Medical and sanitary report of the native army of Bengal for the year
Year: 1878
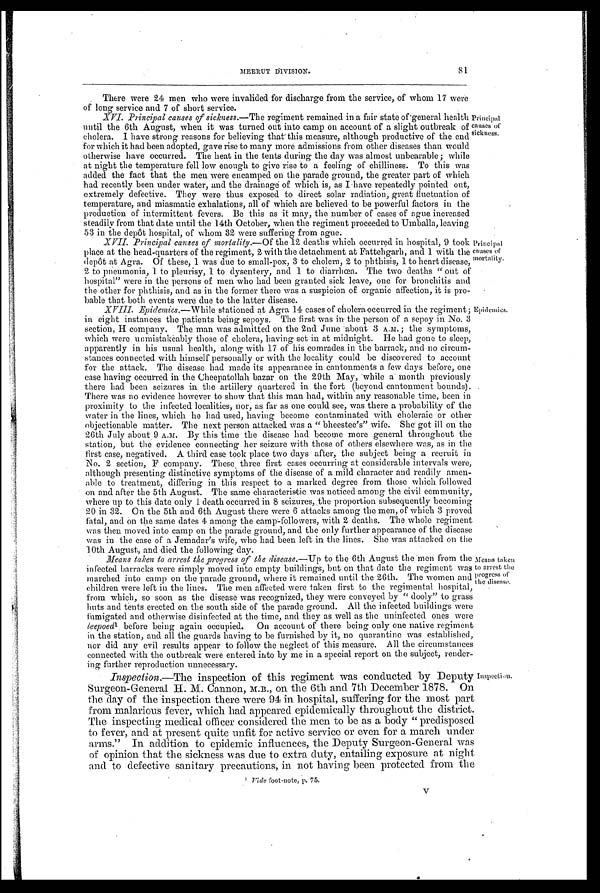
81
MEERUT DIV'ISION.
There were 24 men who were invalided for discharge froth the service, of whom 17 were
of long service and 7 of short service.
XVI. Principal causes of sickness. —The regiment remained in a fair state of general health
until the 6th August, when it was turned out into camp on account of a slight outbreak of
cholera. I have strong reasons for believing that this measure, although productive of the end
for which it had been adopted, gave rise to many more admissions from other diseases than would
otherwise have occurred. The heat in the tents during the day was almost unbearable; while
at night the temperature fell low enough to give rise to a feeling of chilliness. To this was
added the fact that the men were encamped on the parade ground, the greater part of which
had recently been under water, and the drainage of which is, as I have repeatedly pointed out,
extremely defective. They were thus exposed to direct solar radiation, great fluctuation of
temperature, and miasmatic exhalations, all of which are believed to be powerful factors in the
production of intermittent fevers. Be this as it may, the number of cases of ague increased
steadily from that date until the 14th October, when the regiment proceeded to Umballa, leaving
53 in the depôt hospital, of whom 32 were suffering from ague.
XVII. Principal causes of mortality. —Of the 12 deaths which occurred in hospital, 9 took
place at the head-quarters of the regiment, 2 with the detachment at Fattehgarh, and 1 with the
depôt at Agra. Of these, 1 was due to small-pox, 3 to cholera, 2 to phthisis, 1 to heart disease,
2 to pneumonia, 1 to pleurisy, 1 to dysentery, and 1 to diarrhœa. The two deaths "out of
hospital" were in the persons of men who had been granted sick leave, one for bronchitis and
the other for phthisis, and as in the former there was a suspicion of organic affection, it is pro
- b a b l e t h a t b o t h e v e n t s w e r e d u e t o t h e l a t t e r d i s e a s e .
Principal
causes of
sickness.
Principal
causes of
mortality.
XVIII.
Epidemics. —While stationed at Agra 14 cases of cholera occurred in the regiment;
in eight instances the patients being sepoys. The first was in the person of a sepoy in No. 3
section, H company. The man was admitted on the 2nd June about 3 A.M. ; the symptoms,
which were unmistakeably those of cholera, having set in at midnight. He had gone to sleep,
apparently in his usual health, along with 17 of his comrades in the barrack, and no circum
-tances connected with himself personally or with the locality could be discovered to account
for the attack. The disease had made its appearance in cantonments a few days before, one
case having occurred in the Cheepatollah bazar on the 29th May, while a month previously
there had been seizures in the artillery quartered in the fort (beyond cantonment bounds).
There was no evidence however to show that this man had, within any reasonable time, been in
proximity to the infected localities, nor, as far as one could see, was there a probability of the
water in the lines, which he had used, having become contaminated with choleraic or other
objectionable matter. The next person attached was a "bheestee's" wife. She got ill on the
26th July about 9 A.M. By this time the disease had become more general throughout the
station, but the evidence connecting her seizure with those of others elsewhere was, as in the
first case, negatived. A third case took place two clays after, the subject being a recruit in
No. 2 section, F company. These three first cases occurring at considerable intervals were,
although presenting distinctive symptoms of the disease of a mild character and readily amen
-able to treatment, differing in this respect to a marked degree from those which followed
on and after the 5th August. The same characteristic was noticed among the civil community,
where up to this date only 1 death occurred in 8 seizures, the proportion subsequently becoming
20 in 32. On the 5th and 6th August there were 6 attacks among the men, of which 3 proved
fatal, and on the same dates 4 among the camp-followers, with 2 deaths. The whole regiment
was then moved into camp on the parade ground, and the only further appearance of the disease
was in the case of a Jemadar's wife, who had been left in the lines. She was attacked on the
10th August, and died the following day.
Epidemics.
Means taken to arrest the progress of the disease. —Up to the 6th August the 'men from the
infected barracks were simply moved into empty buildings, but on that date the regiment was
marched into camp on the parade ground, where it remained until the 26th. The women and
children were left in the lines. The men affected were taken first to the regimental hospital,
from which, so soon as the disease was recognized, they were conveyed by "dooly" to grass
huts and tents erected on the south side of the parade ground. All the infected buildings were
fumigated and otherwise disinfected at the time, and they as well as the uninfected ones were
leepoed1 before being again occupied. On account of there being only one native regiment
in the station, and all the guards having to be furnished by it, no quarantine was established,
nor did any evil results appear to follow the neglect of this measure. All the circumstances
connected with the outbreak were entered into by me in a special report on the subject, render
-i ng further reproduction unneccessary.
Inspection.—The inspection of this regiment was conducted by Deputy
Surgeon-General H. M. Cannon, M.B., on the 6th and 7th December 1878. On
the day of the inspection there were 94 in hospital, suffering for the most part
from malarious fever, which had appeared epidemically throughout the district.
The inspecting medical officer considered the men to be as a body "predisposed
to fever, and at present quite unfit for active service or even for a march under
arms." In addition to epidemic influences, the Deputy Surgeon-General was
of opinion that the sickness was due to extra duty, entailing exposure at night
and to defective sanitary precautions, in not having been protected from the
Means taken
to arrest the
progress of
the disease.
Inspection.
1Vide foot-note, p. 75.
V